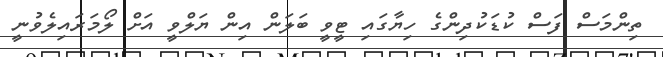
ތިންމަސް ފަސް ކުޑަކުދިންގެ ހިޔާގައި ޓީވީ ބަލަން އިން ޔަލްވީ އަށް ލޯމަރައިލެވުނީ